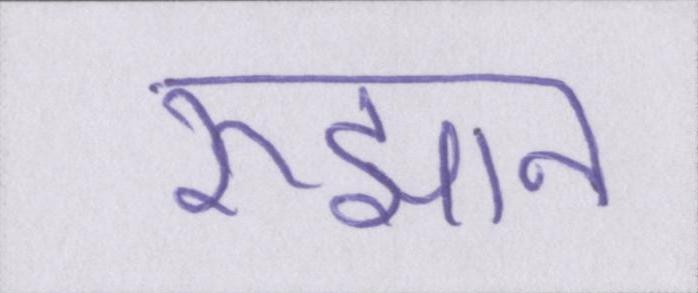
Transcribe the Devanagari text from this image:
रुझान